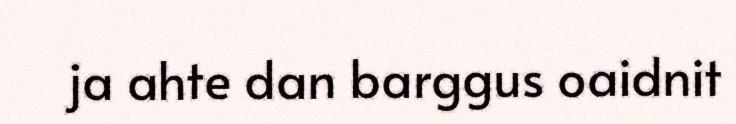
ja ahte dan barggus oaidnit